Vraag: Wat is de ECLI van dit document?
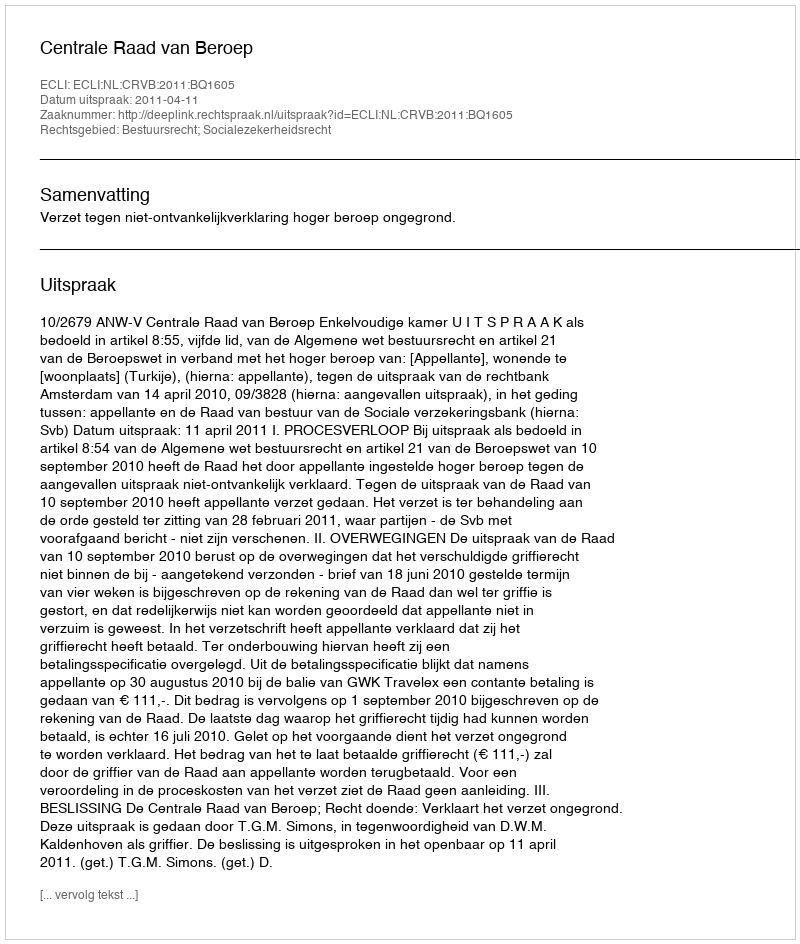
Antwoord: ECLI:NL:CRVB:2011:BQ1605